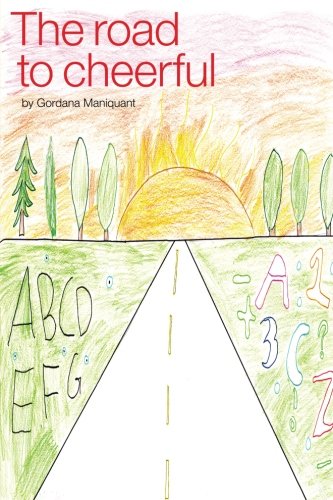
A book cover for The Road to Cheerful: The story of the new cure for dyslexics / spectrum learners; Gordana Maniquant; Health, Fitness & Dieting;